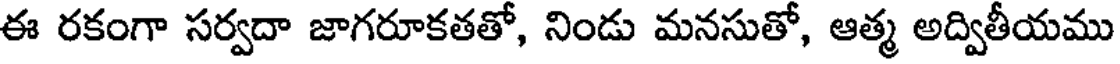
ఈ రకంగా సర్వదా జాగరూకతతో, నిండు మనసుతో, ఆత్మ అద్వితీయము